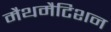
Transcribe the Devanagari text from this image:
मैथमैटिशन